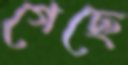
গেছে